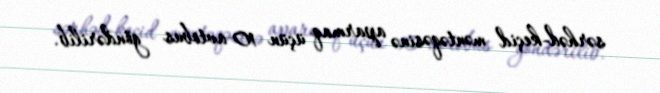
sərhəd-keçid məntəqəsinə aparmaq üçün 10 avtobus göndərilib.